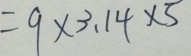
= 9 \times 3 . 1 4 \times 5